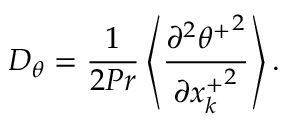
D _ { \theta } = \frac { 1 } { 2 P r } \left< \frac { \partial ^ { 2 } { \theta ^ { + } } ^ { 2 } } { \partial { x _ { k } ^ { + } } ^ { 2 } } \right> .